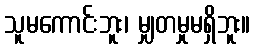
သူမကောင်းဘူး၊ မျှတမှုမရှိဘူး။